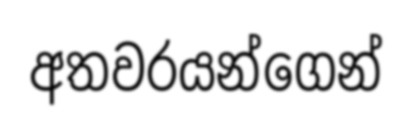
අතවරයන්ගෙන්